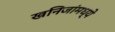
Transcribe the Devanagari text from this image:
खनिजांमध्ये